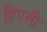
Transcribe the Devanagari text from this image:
हिएली